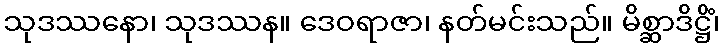
သုဒဿနော၊ သုဒဿန။ ဒေဝရာဇာ၊ နတ်မင်းသည်။ မိစ္ဆာဒိဋ္ဌိံ၊